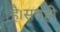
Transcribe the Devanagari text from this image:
है।सतही